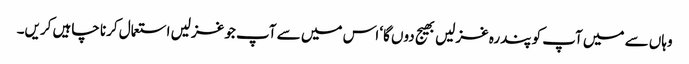
وہاں سے میں آپ کو پندرہ غزلیں بھیج دوں گا‘ اس میں سے آپ جو غزلیں استعمال کرنا چاہیں کریں۔